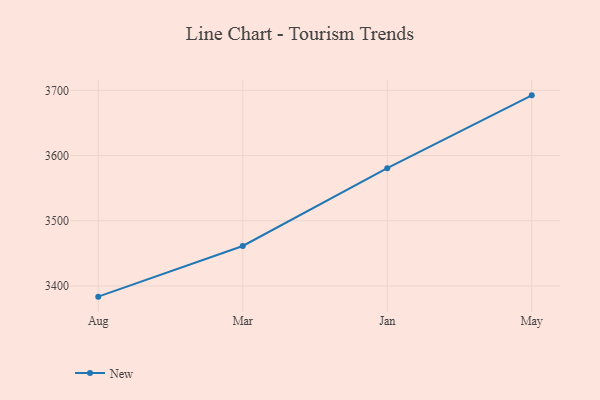
{"axis": {"x": "Month", "y": "Humidity (%)"}, "legend": ["New"], "data": [{"x": "Aug", "y": 3383.6, "type": "New"}, {"x": "Mar", "y": 3461.3, "type": "New"}, {"x": "Jan", "y": 3580.6, "type": "New"}, {"x": "May", "y": 3692.3, "type": "New"}]}